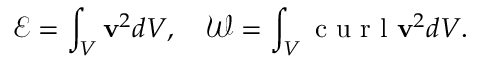
\mathcal { E } = \int _ { V } \mathbf { v } ^ { 2 } d V , \quad \mathcal { W } = \int _ { V } \textrm { c u r l } \mathbf { v } ^ { 2 } d V .